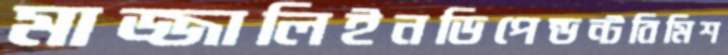
মাজ্জালিইনডিপেন্ডন্টবিমিশ